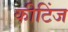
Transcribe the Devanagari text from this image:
कीटिंज